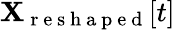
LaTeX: \mathbf{X}_{\mathrm{{~r~e~s~h~a~p~e~d~}}}[t]